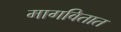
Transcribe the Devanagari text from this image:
मागवितात